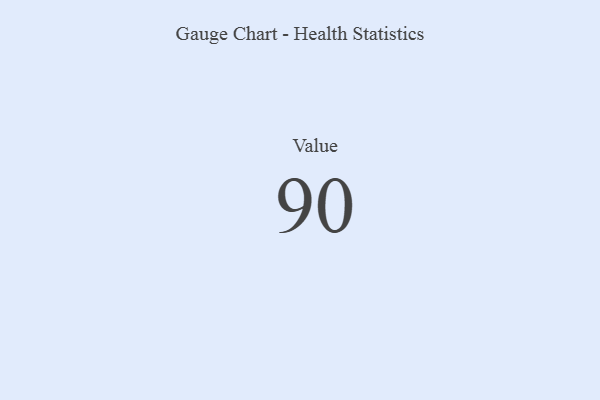
{"axis": {"x": "Metric", "y": "Value"}, "legend": [""], "data": [{"x": "Value", "y": 90, "type": ""}]}